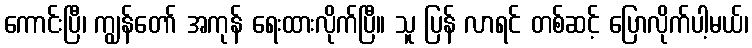
ကောင်းပြီ၊ ကျွန်တော် အကုန် ရေးထားလိုက်ပြီ။ သူ ပြန် လာရင် တစ်ဆင့် ပြောလိုက်ပါ့မယ်၊